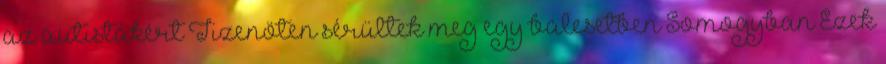
az autistákért Tizenöten sérültek meg egy balesetben Somogyban Ezek